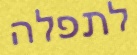
לתפלה